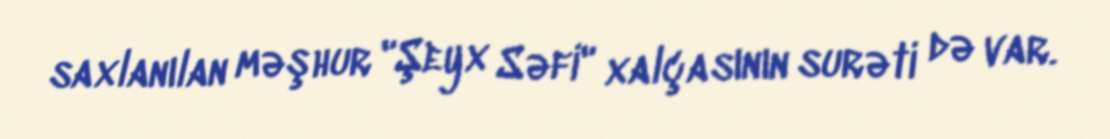
saxlanılan məşhur "Şeyx Səfi" xalçasının surəti də var.